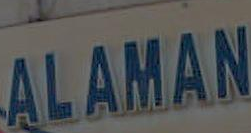
ALAMAN